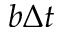
b \Delta t